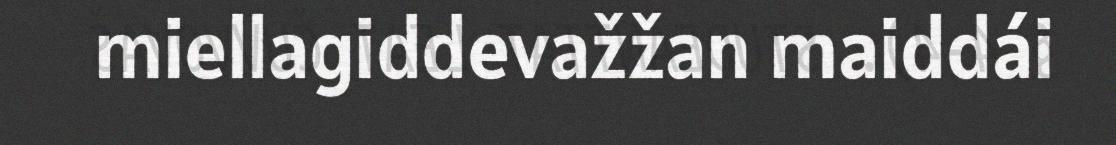
miellagiddevažžan maiddái